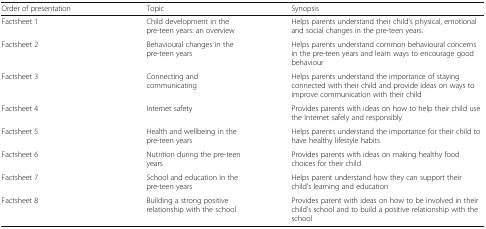
<table><thead><tr><td><b>Order of presentation</b></td><td><b>Topic</b></td><td><b>Synopsis</b></td></tr></thead><tbody><tr><td>Factsheet 1</td><td>Child development in the pre-teen years: an overview</td><td>Helps parents understand their child’s physical, emotional and social changes in the pre-teen years.</td></tr><tr><td>Factsheet 2</td><td>Behavioural changes in the pre-teen years</td><td>Helps parents understand common behavioural concerns in the pre-teen years and learn ways to encourage good behaviour</td></tr><tr><td>Factsheet 3</td><td>Connecting and communicating</td><td>Helps parents understand the importance of staying connected with their child and provide ideas on ways to improve communication with their child</td></tr><tr><td>Factsheet 4</td><td>Internet safety</td><td>Provides parents with ideas on how to help their child use the Internet safely and responsibly</td></tr><tr><td>Factsheet 5</td><td>Health and wellbeing in the pre-teen years</td><td>Helps parents understand the importance for their child to have healthy lifestyle habits</td></tr><tr><td>Factsheet 6</td><td>Nutrition during the pre-teen years</td><td>Provides parents with ideas on making healthy food choices for their child</td></tr><tr><td>Factsheet 7</td><td>School and education in the pre-teen years</td><td>Helps parent understand how they can support their child’s learning and education</td></tr><tr><td>Factsheet 8</td><td>Building a strong positive relationship with the school</td><td>Provides parent with ideas on how to be involved in their child’s school and to build a positive relationship with the school</td></tr></tbody></table>